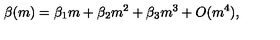
\beta ( m ) = \beta _ { 1 } m + \beta _ { 2 } m ^ { 2 } + \beta _ { 3 } m ^ { 3 } + O ( m ^ { 4 } ) ,